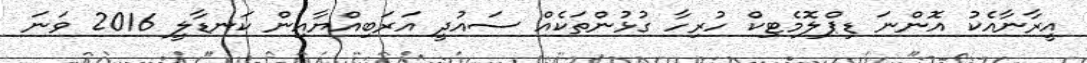
އީރާނާއެކު އޮންނަ ޑިޕްލޮމެޓިކް ހުރިހާ ގުޅުންތަކެއް ސައުދީ އަރަބިއްޔާއިން ކަނޑާލީ 2016 ވަނަ